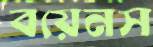
বয়েনস